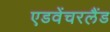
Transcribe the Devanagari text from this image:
एडवेंचरलैंड